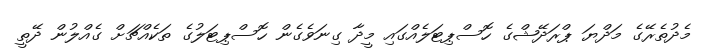
މެދުތެރޭގެ މަދްޔަ ޕްރަދޭޝްގެ ހޮސްޕިޓަލެއްގައި މީދާ ގިނަވެގެން ހޮސްޕިޓަލުގެ ތަކެއްޗަށް ގެއްލުން ދޭތީ